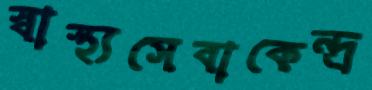
স্বাস্থ্যসেবাকেন্দ্র